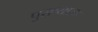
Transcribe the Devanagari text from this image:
पुराव्यासह